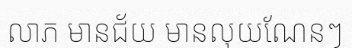
លាភ មានជ័យ មានលុយណែនៗ